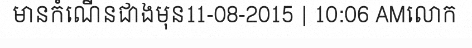
មានកំណើនជាងមុន11-08-2015 | 10:06 AMលោក